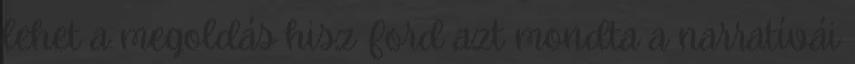
lehet a megoldás hisz Ford azt mondta a narratívái